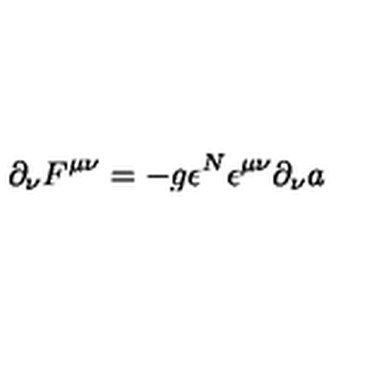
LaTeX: \partial _ { \nu } F ^ { \mu \nu } = - g { \epsilon ^ { N } } \epsilon ^ { \mu \nu } \partial _ { \nu } a